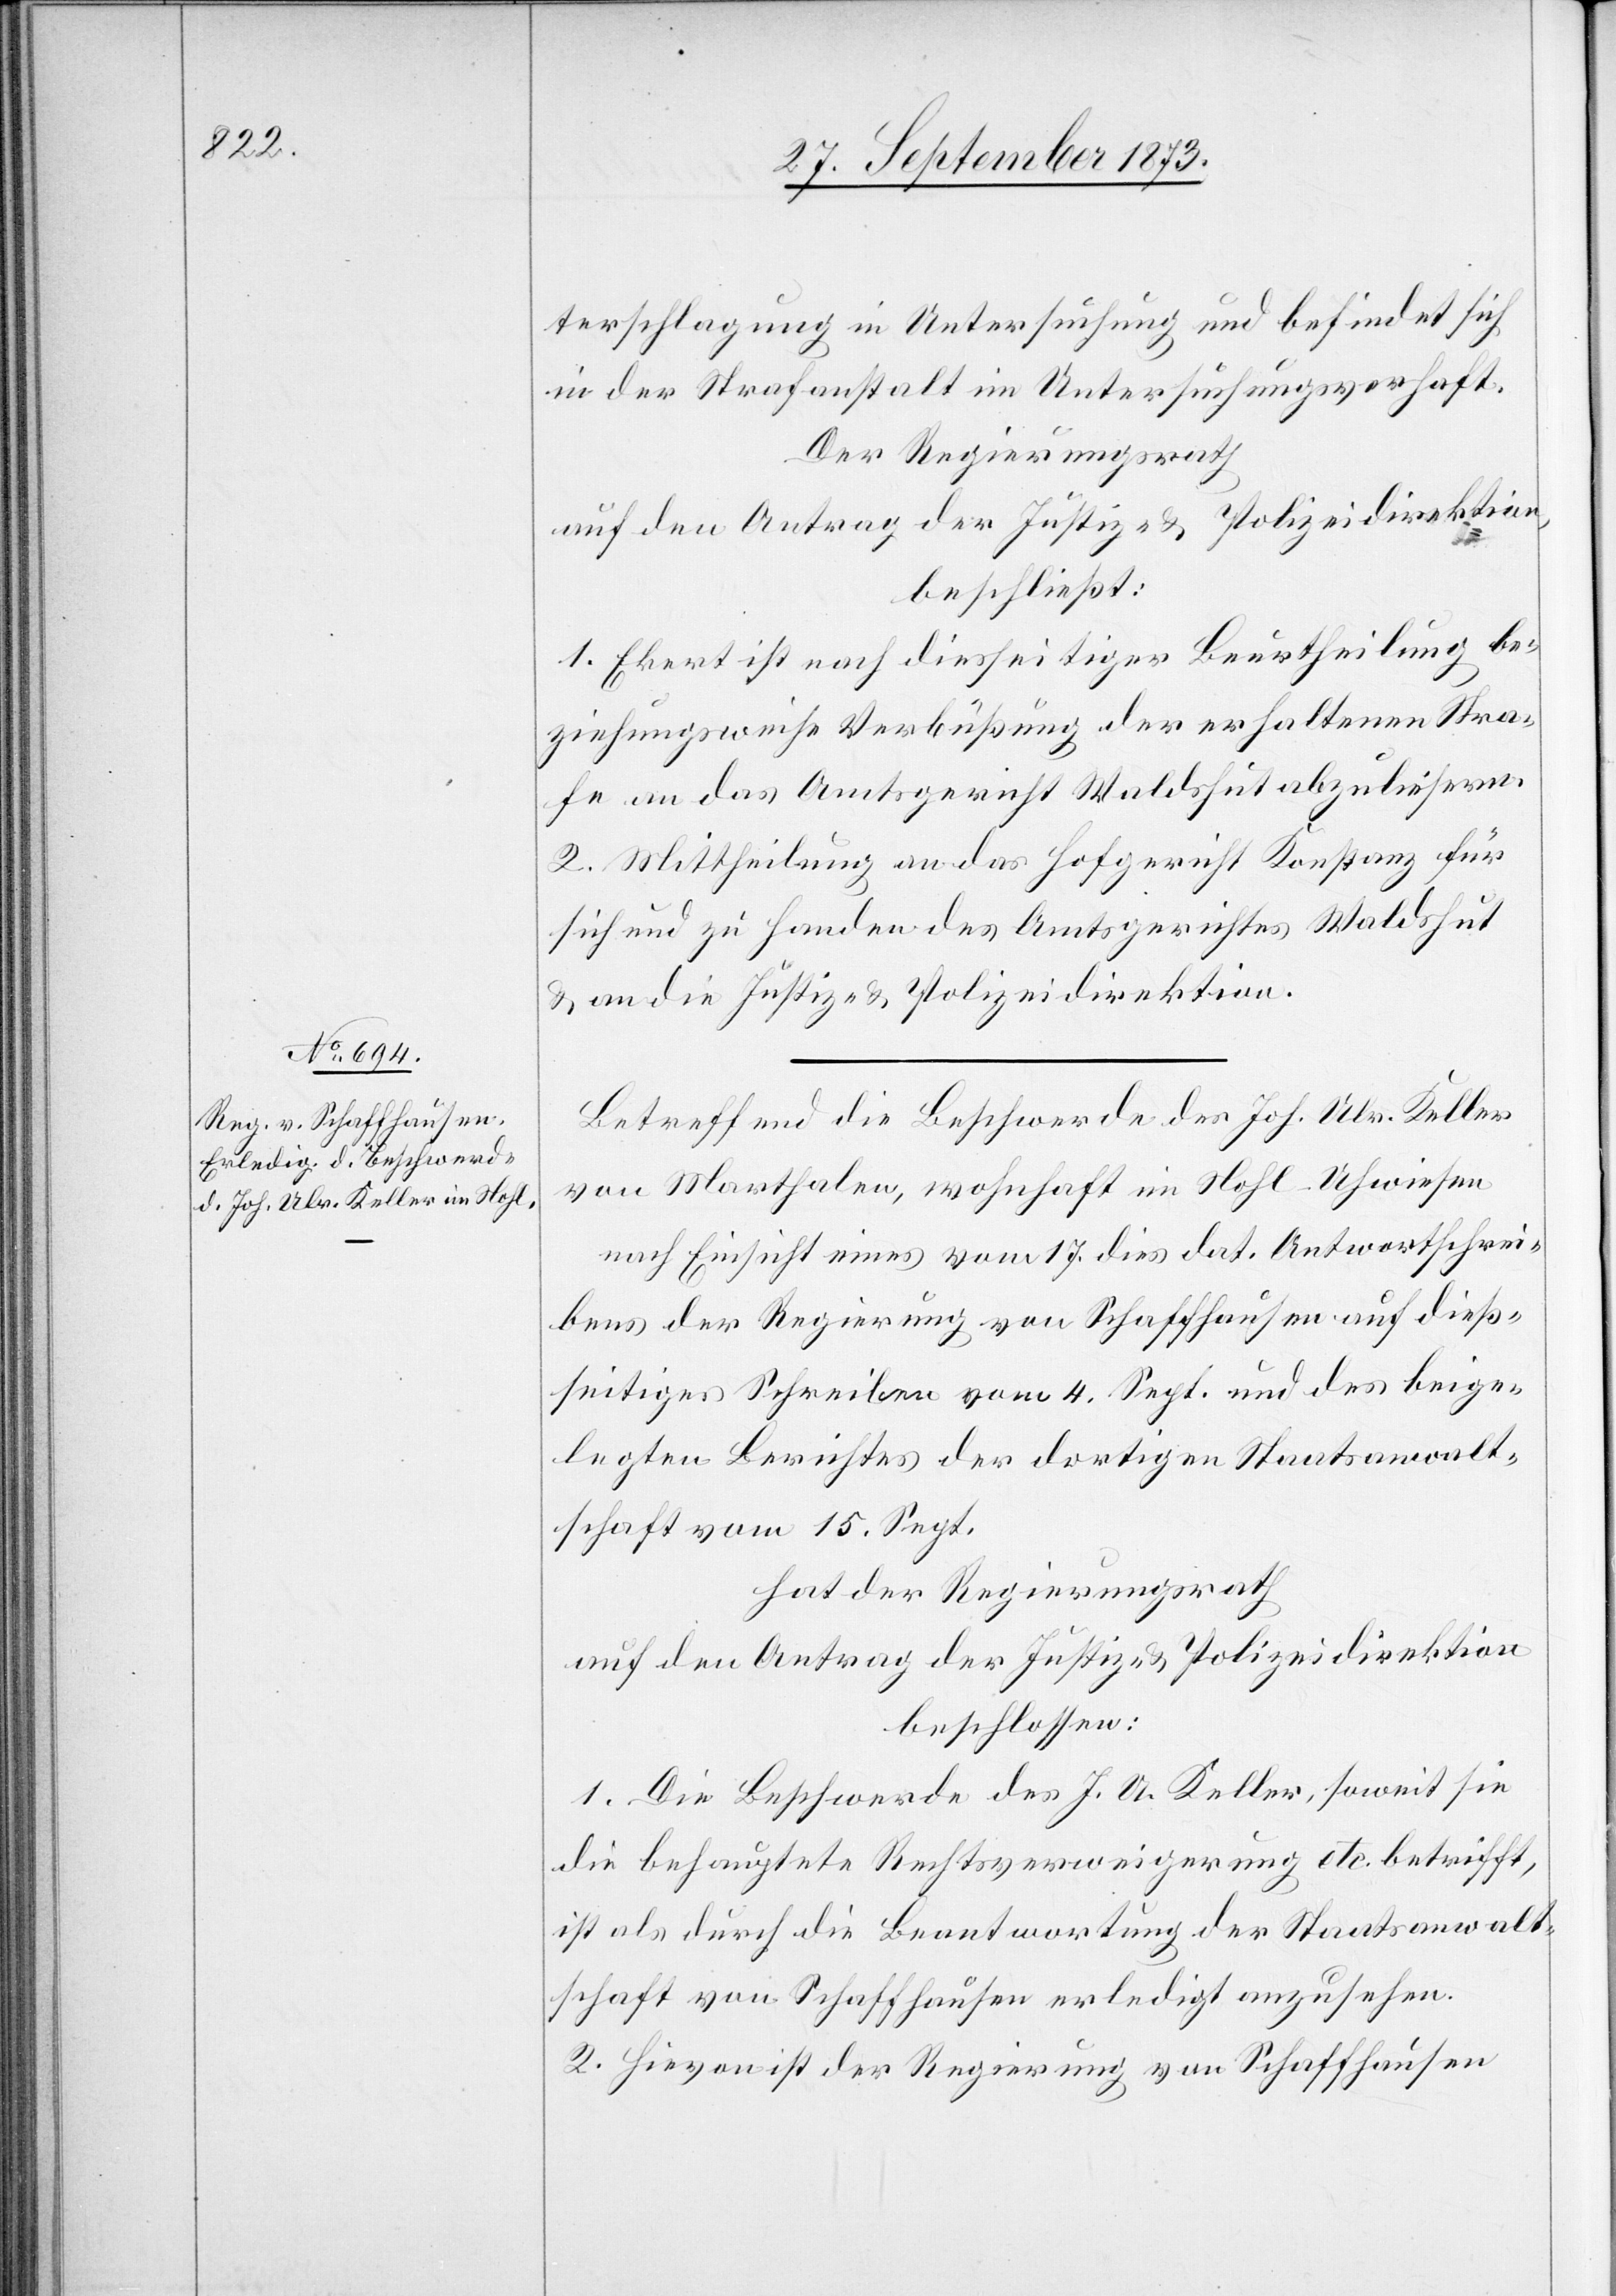
terschlagung in Untersuchung und befindet sich
in der Strafanstalt im Untersuchungsverhaft.
Der Regierungsrath
auf den Antrag der Justiz- & Polizeidirektion,
beschließt:
1. Ekert ist nach diesseitiger Beurtheilung be¬
ziehungsweise Verbüßung der erhaltenen Stra¬
fe an das Amtsgericht Waldshut abzuliefern.
2. Mittheilung an das Hofgericht Konstanz für
sich und zu Handen des Amtsgerichtes Waldshut
& an die Justiz- & Polizeidirektion.
Betreffend die Beschwerde des Joh. Ulr. Keller
von Marthalen, wohnhaft im Nohl-Uhwiesen
nach Einsicht eines vom 17. dies dat. Antwortschrei¬
bens der Regierung von Schaffhausen auf dieß¬
seitiges Schreiben vom 4. Sept. und des beige¬
legten Berichtes der dortigen Staatsanwalt¬
schaft vom 15. Sept.
hat der Regierungsrath
auf den Antrag der Justiz- & Polizeidirektion
beschlossen:
1. Die Beschwerde des J. U. Keller, soweit sie
die behauptete Rechtsverweigerung etc. betrifft,
ist als durch die Beantwortung der Staatsanwalt¬
schaft von Schaffhausen erledigt anzusehen.
2. Hievon ist der Regierung von Schaffhausen